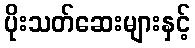
ပိုးသတ်ဆေးများနှင့်